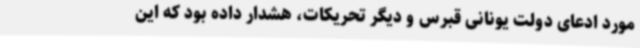
مورد ادعای دولت یونانی قبرس و دیگر تحریکات، هشدار داده بود که این